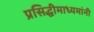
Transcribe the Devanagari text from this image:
प्रसिद्धीमाध्यमांनी